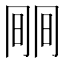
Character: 𣇱